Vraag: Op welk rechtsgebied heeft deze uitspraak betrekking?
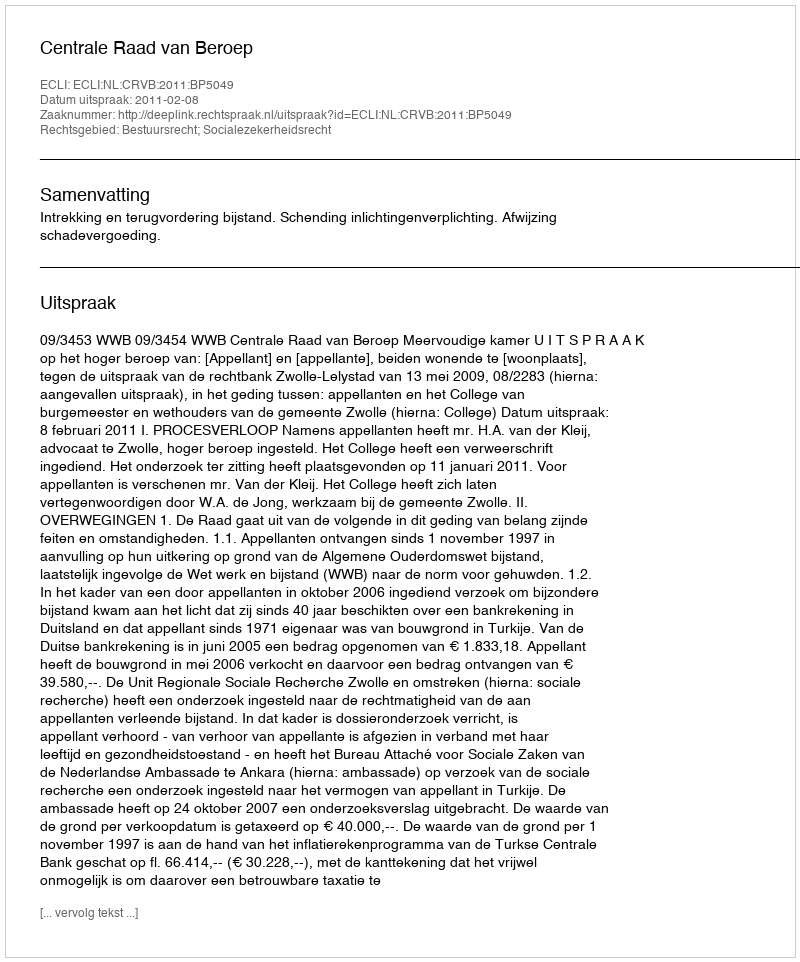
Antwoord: Bestuursrecht; Socialezekerheidsrecht